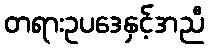
တရားဥပဒေနှင့်အညီ